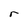
Character: r